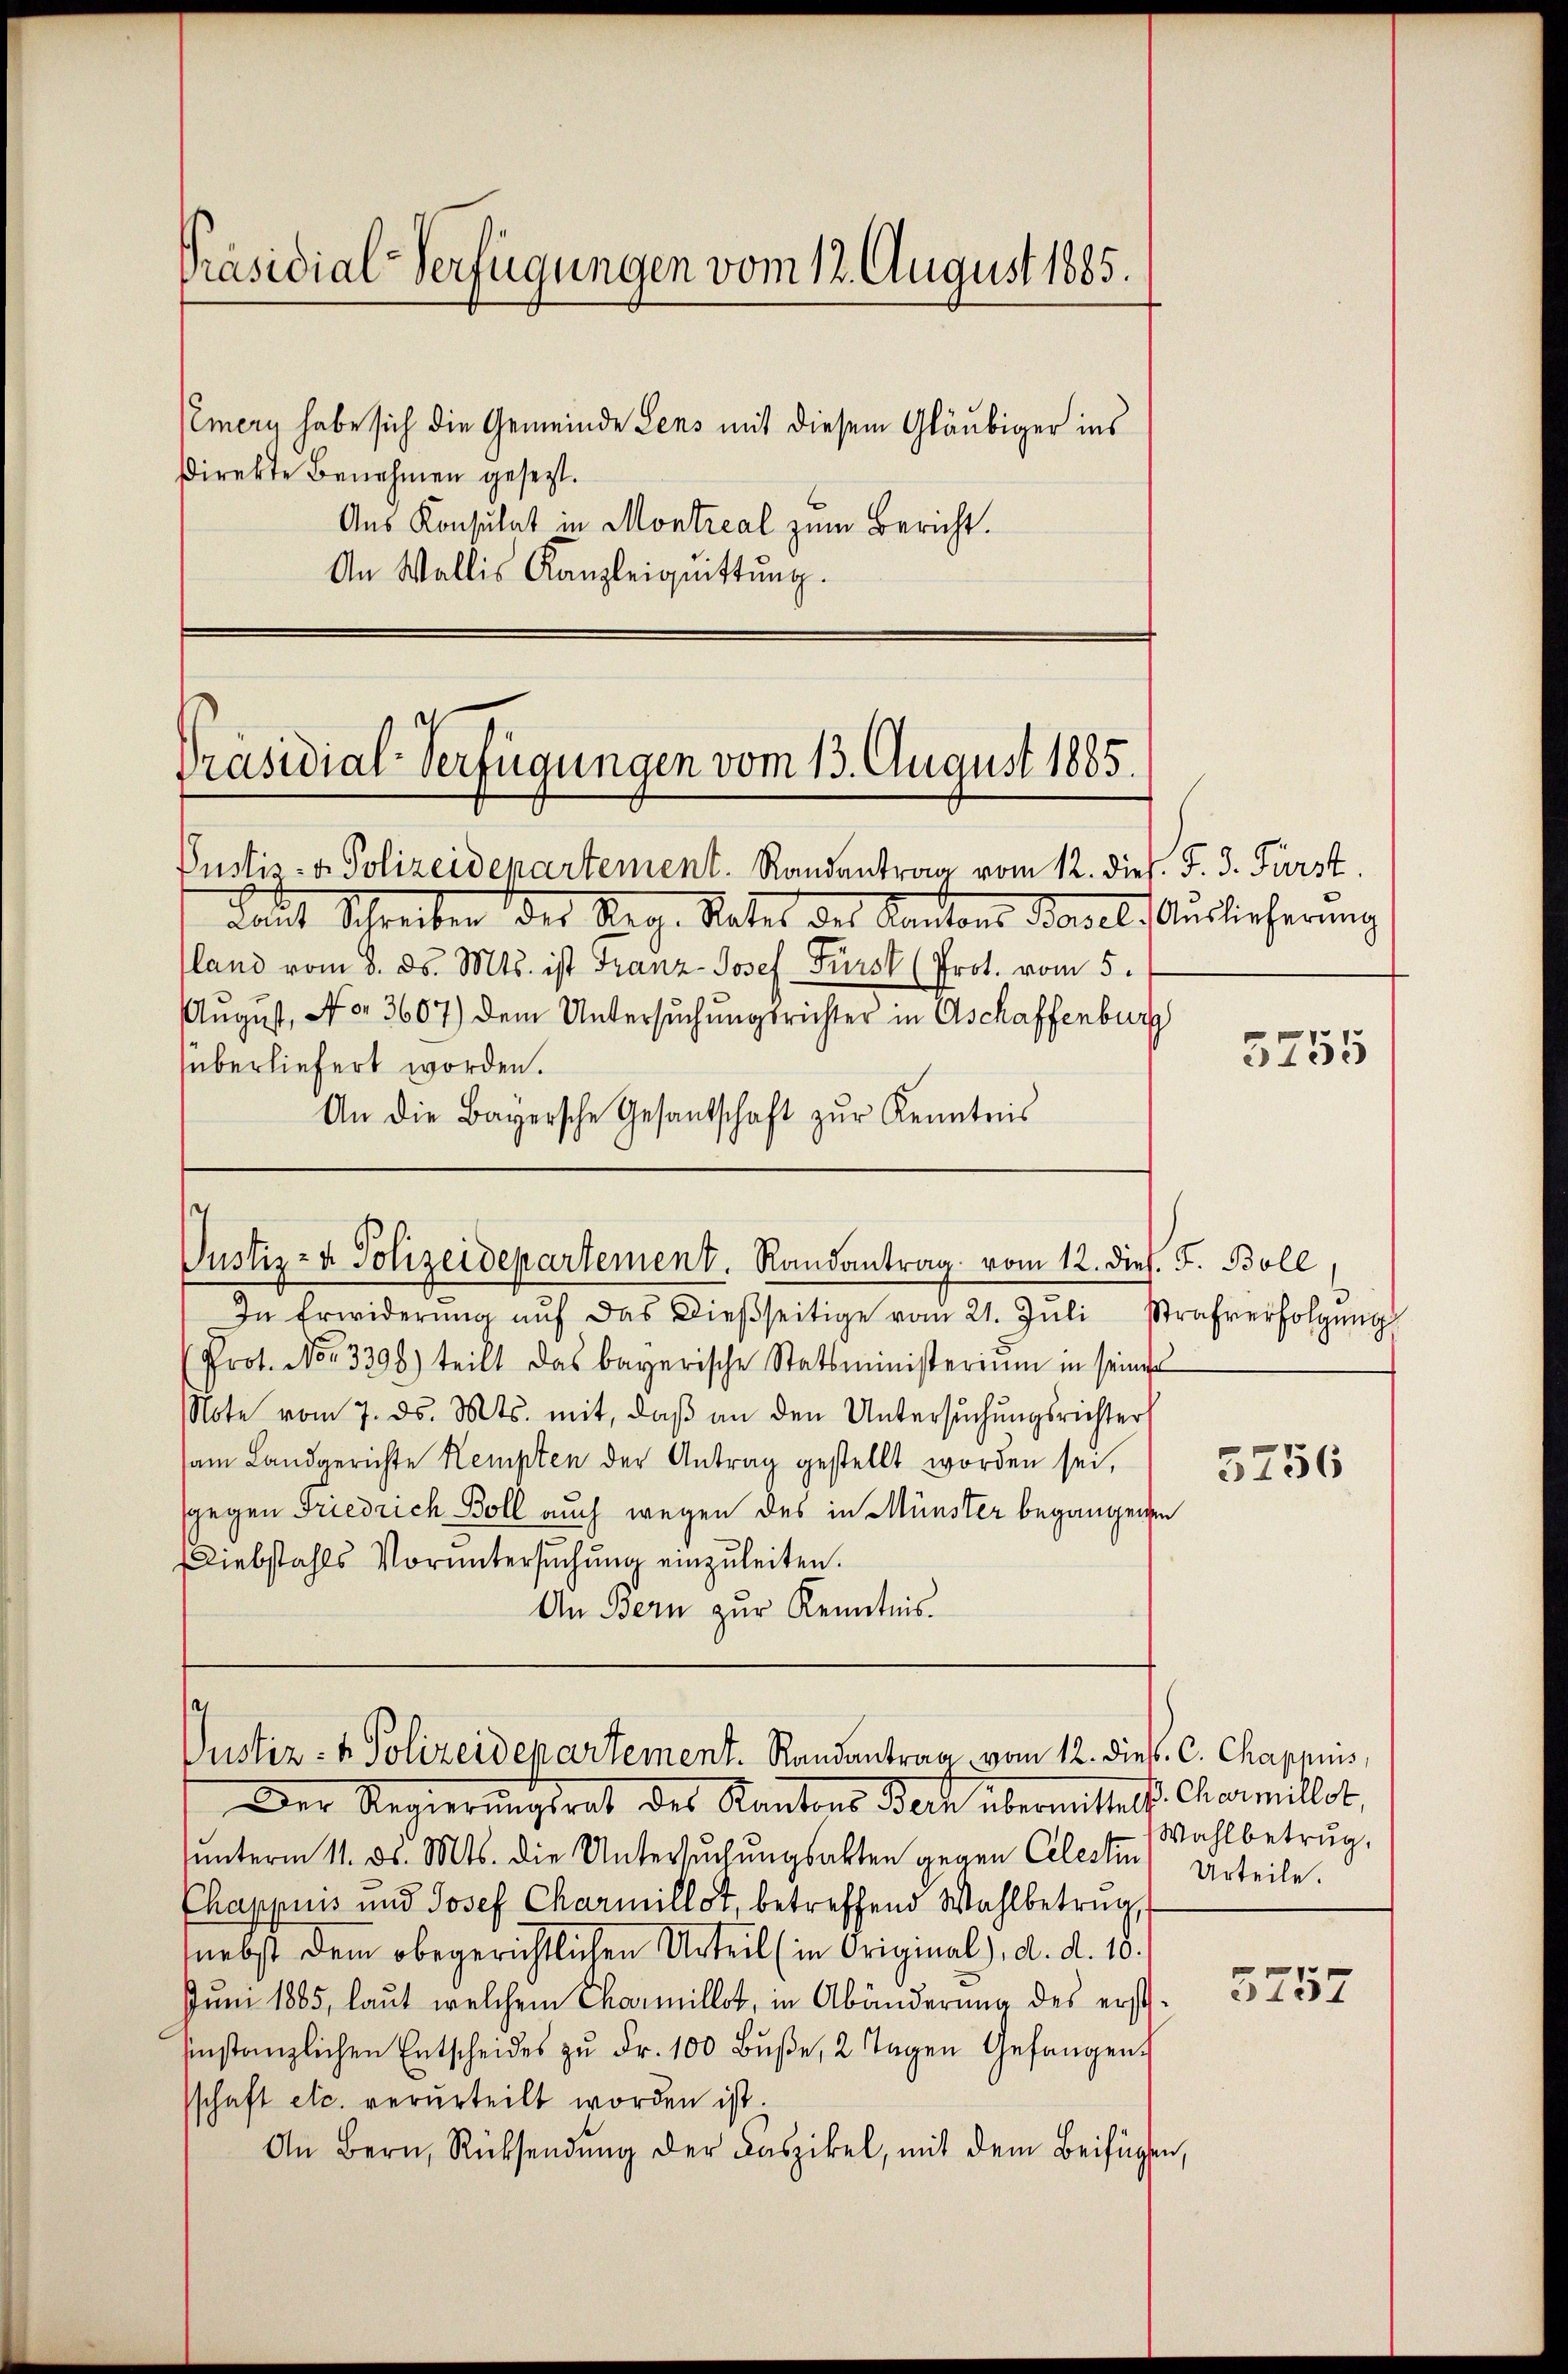
Präsidial-Verfügungen vom 12. August 1885.

Emery habe sich die Gemeinde Sens mit diesem Gläubiger ins
Direkte Benehmen gesezt.
Aus Konsulat in Montreal zum Bericht.
An Wallis Kanzleiquittung.

Präsidial-Verfügungen vom 13. August 1885.

Pustiz- & Polizeidepartement. Randantrag vom 12. dieß. F. 3. Fürst.
Laut Schreiben der Reg. Rates des Kantons Basel, Auslicherung
land vom 8. ds. Mts. ist Franz-Josef Fürst (Prot. vom 5.
August, No. 3607) dem Untersuchungsrichter in Aschaffenburg
überliefert worden.
An die Bayersche Gesantschaft zŭr Kenntnis
s

In Erwiderŭng aŭf das dieβseitige vom 21. Jŭli Strafverfolgŭng
Prot. No. 3398) teilt das bayerische Statsministerium in seine
Note vom 7. ds. Mts. mit, daβ an den Untersŭchŭngsrichter
am Landgerichte Kempten der Antrag gestellt worden sei,
gegen Friedrich Boll auch wegen des in Münster begangenen
Diebstahls Vorŭntersŭchŭng einzŭleiten.
An Bern zur Kenntnis.

Justiz- & Polizeidepartement. Randantrag vom 12. dies. F. Boll,

Justiz- & Polizeidenartement. Randantrag vom 12. dies C. Chapnis,

Der Regierungsrat des Kantons Bacht übermittelt. Commillet,
ŭnterm 11. ds. Mts. die Untersŭchŭngsakten gegen Celesten Urteile.
Chappuis und Josef Charmillet, betreffend Wahlbetrug,
nebst dem obegerichtlichen Urteil (in Original), d. d. 10.
Juni 1885, laut welchem Charmillet, in Abänderung des erstsinstanzlichen Entscheides zŭ Fr. 100 Bŭβe, 2 Tagen Gefangen.
schaft etc. verurteilt worden ist.
An Bern, Rücksendung der Kaszikel, mit dem Beifügen,

3755

5256

Wahlbetrug.

3257